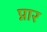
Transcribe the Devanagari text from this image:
प्नार